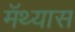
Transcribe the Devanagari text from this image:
मॅथ्यास